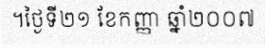
។ថ្ងៃទី២១ ខែកញ្ញា ឆ្នាំ២០០៧